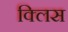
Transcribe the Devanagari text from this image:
क्लिस